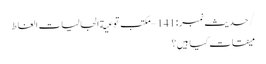
/حدیث نمبر :141 – مکتب توعیة الجالیات الغاط
میقات کیا ہیں؟